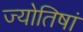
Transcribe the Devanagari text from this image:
ज्योतिषां